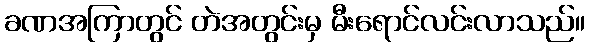
ခဏအကြာတွင် တဲအတွင်းမှ မီးရောင်လင်းလာသည်။